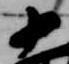
十